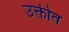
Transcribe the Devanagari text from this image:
उक्तीत